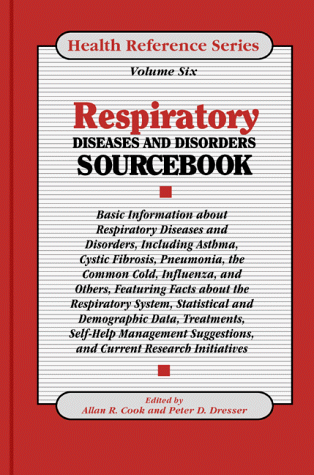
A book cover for Respiratory Diseases & Disorders Sourcebook: Basic Information about Respiratory Diseases and Disorders Including Asthma, Cystic Fibrosis, Pneumonia, (Health Reference); Alan R. Cook; Health, Fitness & Dieting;